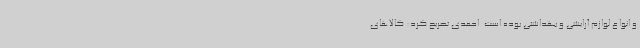
و انواع لوازم آرایشی و بهداشتی بوده است. احمدی تصریح کرد: کالاهای